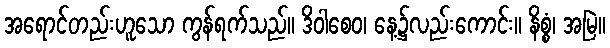
အရောင်တည်းဟူသော ကွန်ရက်သည်။ ဒိဝါစေဝ၊ နေ့၌လည်းကောင်း။ နိစ္စံ၊ အမြဲ။